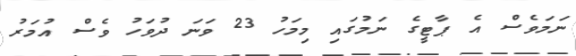
ނަމަވެސް އެ ޕާޓީގެ ނަމުގައި މިމަހު 23 ވަނަ ދުވަހު ވެސް އުމަރު